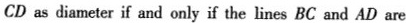
CD as dia meter if and only if the lines BC and AD are